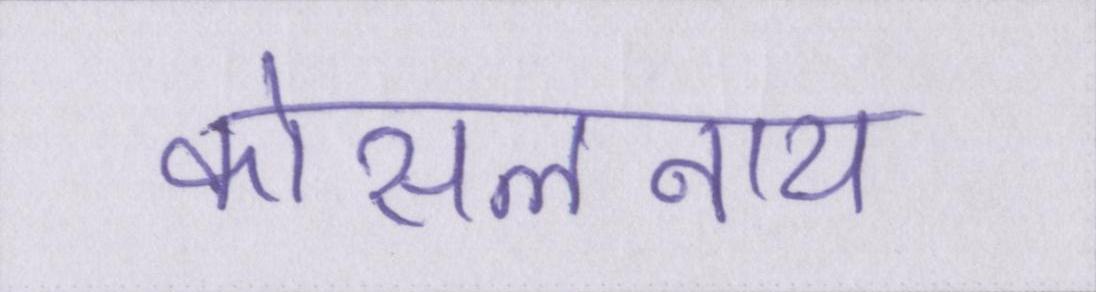
कोसलनाथ